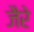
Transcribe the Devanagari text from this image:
जैरे